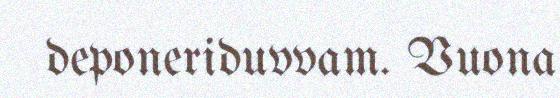
deponeriduvvam. Vuona